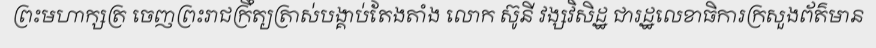
ព្រះមហាក្សត្រ ចេញព្រះរាជក្រឹត្យត្រាស់បង្គាប់តែងតាំង លោក ស៊ូនី វង្សវិសិដ្ឋ ជារដ្ឋលេខាធិការក្រសួងព័ត៌មាន